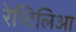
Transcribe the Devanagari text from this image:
रेप्टिलिआ